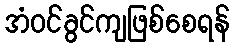
အံဝင်ခွင်ကျဖြစ်စေရန်